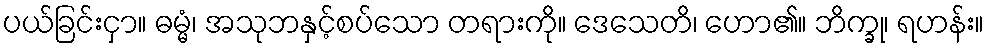
ပယ်ခြင်းငှာ။ ဓမ္မံ၊ အသုဘနှင့်စပ်သော တရားကို။ ဒေသေတိ၊ ဟော၏။ ဘိက္ခု၊ ရဟန်း။